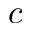
c